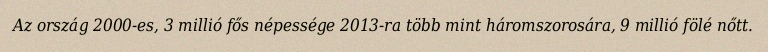
Az ország 2000-es, 3 millió fős népessége 2013-ra több mint háromszorosára, 9 millió fölé nőtt.